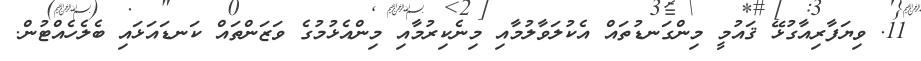
11. ވިޔަފާރިއާގުޅޭ ޤައުމީ މިންގަނޑުތައް އެކުލަވާލުމާއި މިނެކިރުމާއި މިންއެޅުމުގެ ވަޒަންތައް ކަނޑައަޅައި ބެލެހެއްޓުން.